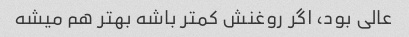
عالی بود، اگر روغنش کمتر باشه بهتر هم میشه